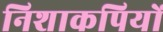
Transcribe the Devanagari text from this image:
निशाकपियों